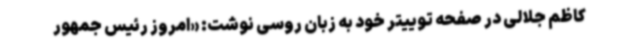
کاظم جلالی در صفحه توییتر خود به زبان روسی نوشت: «امروز رئیس جمهور